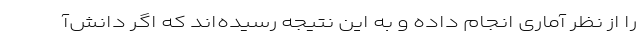
را از نظر آماری انجام داده و به این نتیجه رسیده‌اند که اگر دانش‌آ